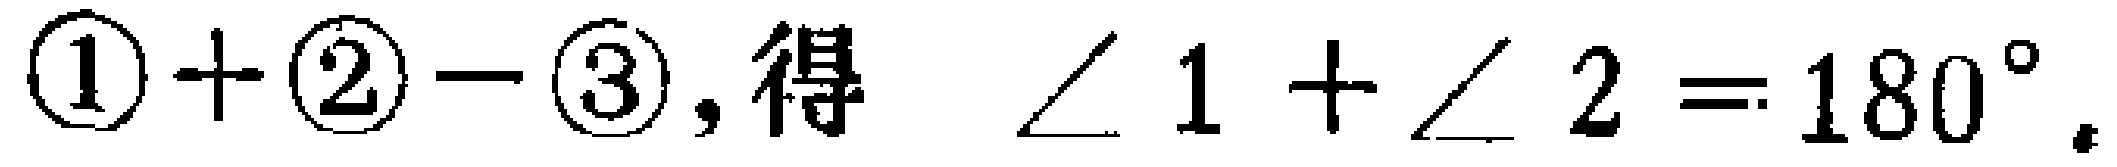
$\textcircled{1}+\textcircled{2}-\textcircled{3}, 得\ \ \angle 1 + \angle 2 = 180^{\circ}.$